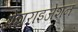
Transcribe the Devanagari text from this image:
प्रेशराइजेशन